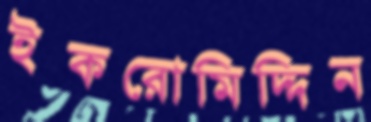
ইকরোমিদ্দিন